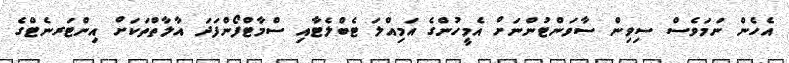
އެހެން ނަމަވެސް ސިވިން ސާވަންޓުންނަށް އެމީހުންގެ އަމިއްލަ ޓެބްލެޓާއި ސްމާޓްފޯންފަދަ އާލާތްތަކަށް އިންޓަރނެޓްގެ